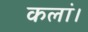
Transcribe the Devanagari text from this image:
कलां।